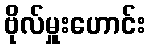
ဗိုလ်မှူးဟောင်း